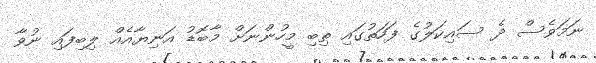
ނަމަވެސް ދެ ސައިކަލުގެ ފަހަތުގައި ތިބި މީހުންނަށް މާބޮޑު އަނިޔާއެއް ލިބިފައި ނުވާ